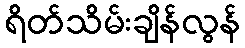
ရိတ်သိမ်းချိန်လွန်